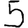
Digit: 5